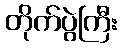
တိုက်ပွဲကြီး